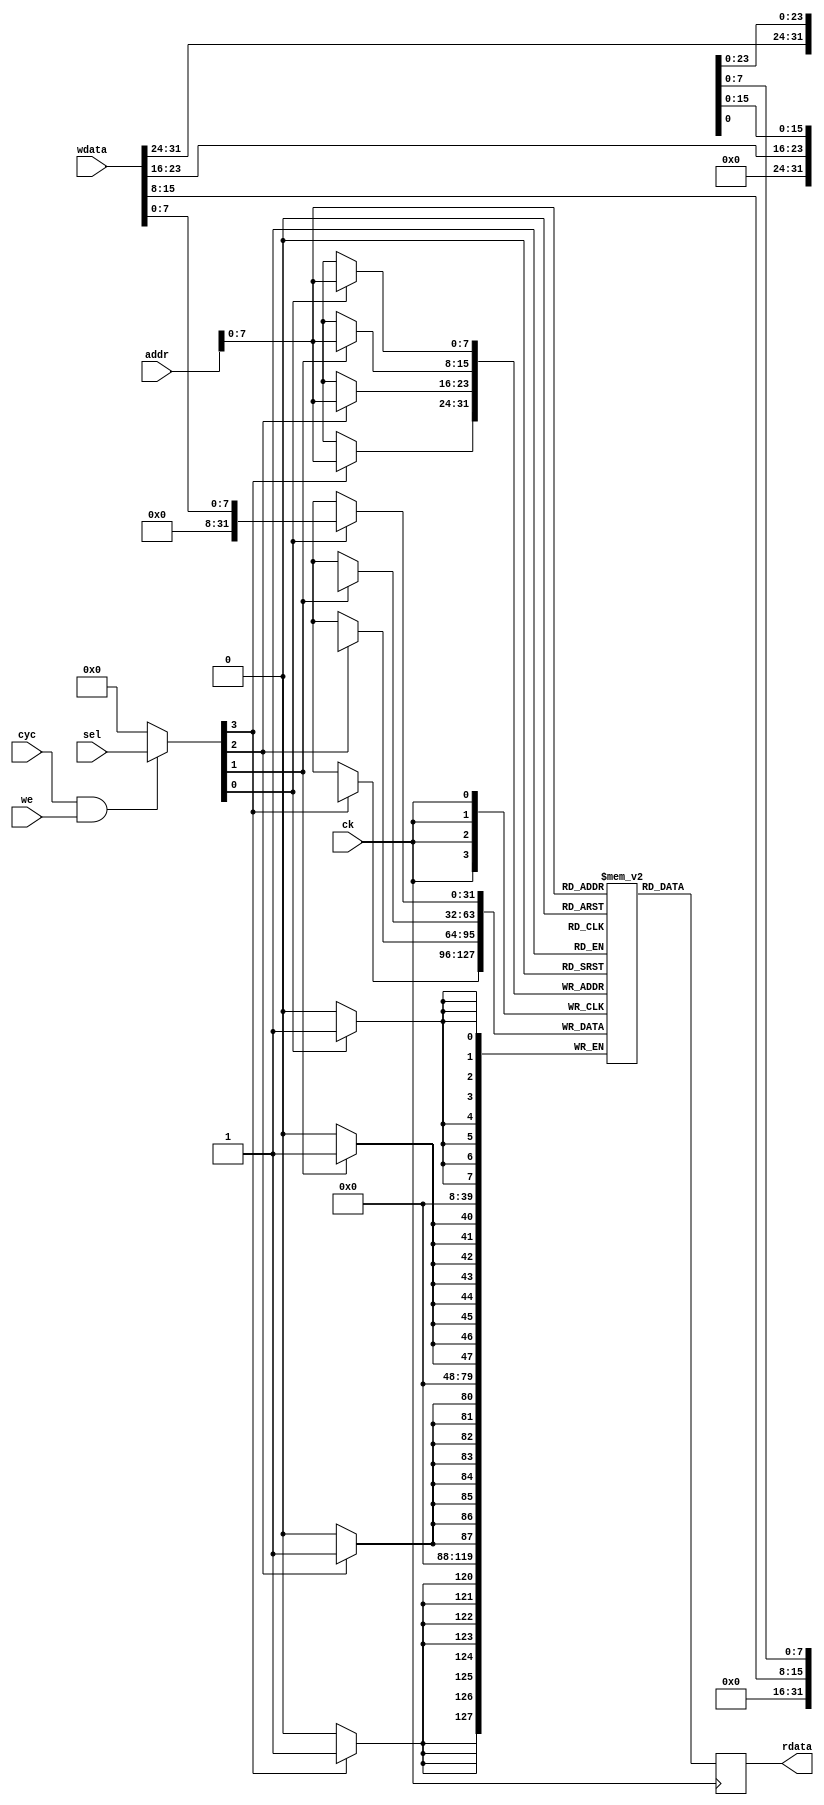
// This program was cloned from: https://github.com/DaveBerkeley/serv_soc
// License: MIT License


`default_nettype none

   /*
    *
    */

module sp_ram 
(   
    input wire ck,
    input wire cyc,
    input wire we,
    input wire [3:0] sel,
    /* verilator lint_off UNUSED */
    input wire [31:0] addr,
    /* verilator lint_on UNUSED */
    input wire [31:0] wdata,
    output reg [31:0] rdata
);

    wire [3:0] w_enable;

    assign w_enable = (cyc & we) ? sel : 4'b0;

    parameter WORDS = 256;

    reg [31:0] mem [0:WORDS-1];

    always @(posedge ck) begin
        rdata <= mem[addr];
        if (w_enable[0]) mem[addr][ 7: 0] <= wdata[ 7: 0];
        if (w_enable[1]) mem[addr][15: 8] <= wdata[15: 8];
        if (w_enable[2]) mem[addr][23:16] <= wdata[23:16];
        if (w_enable[3]) mem[addr][31:24] <= wdata[31:24];
    end

endmodule